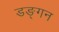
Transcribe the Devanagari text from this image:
डङ्गन